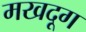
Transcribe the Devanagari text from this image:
मखदूग